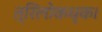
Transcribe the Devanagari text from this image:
त्रिलोकधृक।